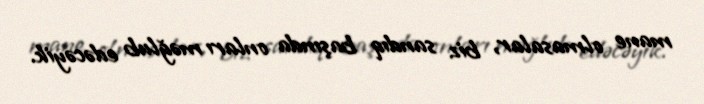
mane olmasalar, biz sandıq başında onları məğlub edəcəyik.